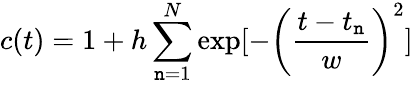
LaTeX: c(t)=1+h\sum_{\mathtt{n}=1}^{N}\exp[-\left(\frac{{t-t_{\mathtt{n}}}}{{w}}\right)^{2}]